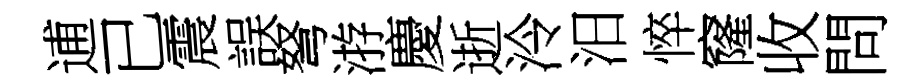
逋已震誤弩㳺慶逝泠汨悴窿收問